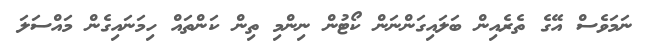
ނަމަވެސް އޭގެ ތެރެއިން ބަލައިގަންނަން ކޯޓުން ނިންމި ތިން ކަންތައް ހިމަނައިގެން މައްސަލަ